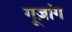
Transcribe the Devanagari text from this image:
गूज़ांग